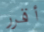
أقرر